Report on sanitation, dispensaries, and jails in Rajputana for 1919, and on vaccination for the year 1919-1920 - 1919-1920
Year: 1919
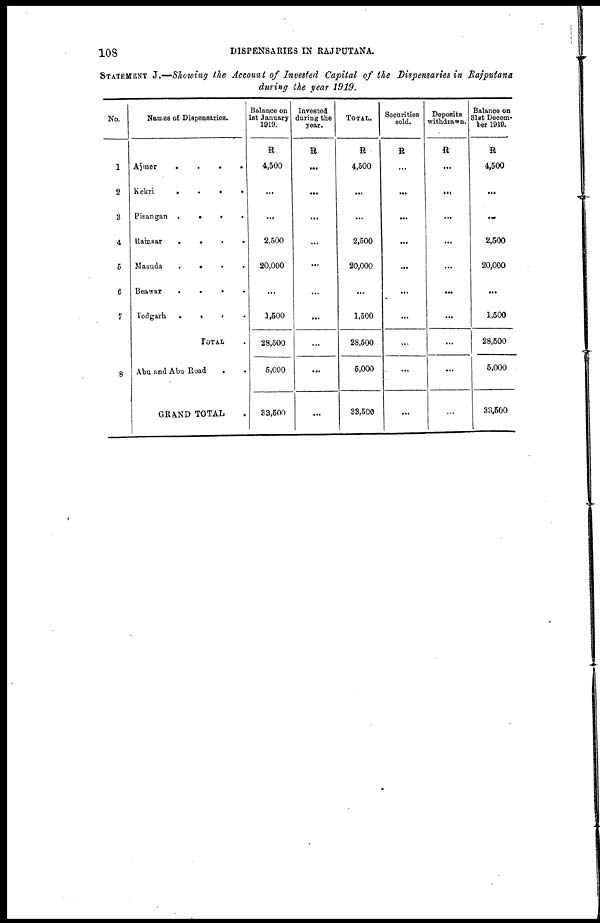
108
DISPENSARIES IN RAJPUTANA.
STATEMENT J.—Showing the Account of Invested Capital of the Dispensaries in Rajputana
during the year 1919.
No.
1
2
3
4
5
6
7
8
Names of Dispensaries.
Ajmer . . . .
Kekri . . . .
Pisangan . . . .
Ramsar . . . . .
Masuda . . . .
Beawar . . . .
Todgarh . . . .
TOTAL .
Abu and Abu Road . .
GRAND TOTAL .
Balance on
1st January
1919.
R
4,500
...
...
2,500
20,000
...
1,500
28,500
5,000
33,500
Invested
during the
year.
R
...
...
...
...
...
...
...
...
...
...
TOTAT.
R
4,500
...
...
2,500
20,000
...
1,500
28,500
5,000
33,500
Securities
sold.
R
...
...
...
...
...
...
...
...
...
...
Deposits
withdrawn.
R
...
...
...
...
...
...
...
...
...
...
Balance on
31st Decem-
ber 1919.
R
4,500
...
...
2,500
20,000
...
1,500
28,500
5,000
33,600